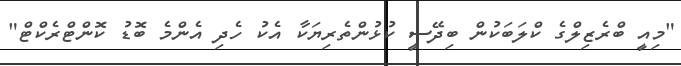
"މިއީ ބްރެޒިލްގެ ކްލަބަކުން ބިދޭސީ ކުޅުންތެރިޔަކާ އެކު ހެދި އެންމެ ބޮޑު ކޮންޓްރެކްޓް"